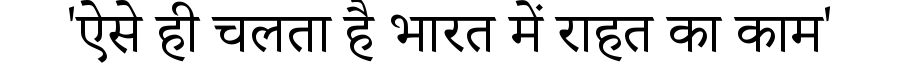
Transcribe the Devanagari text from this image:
'ऐसे ही चलता है भारत में राहत का काम'